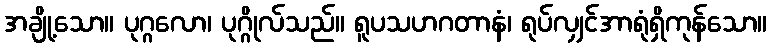
အချို့သော။ ပုဂ္ဂလော၊ ပုဂ္ဂိုလ်သည်။ ရူပသဟဂတာနံ၊ ရုပ်လျှင်အာရုံရှိကုန်သော။